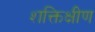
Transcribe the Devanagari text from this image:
शक्तिक्षीण